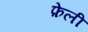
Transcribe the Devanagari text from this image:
फ़ेली